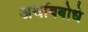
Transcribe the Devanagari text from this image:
अर्थावबोधे